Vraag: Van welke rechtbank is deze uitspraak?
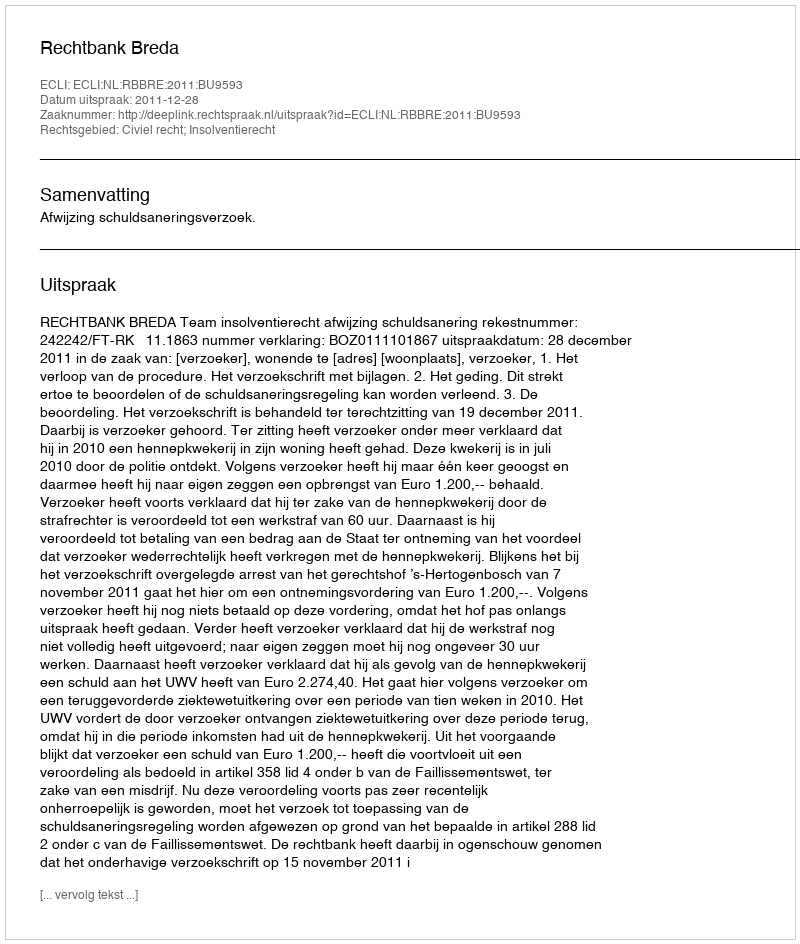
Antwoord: Rechtbank Breda